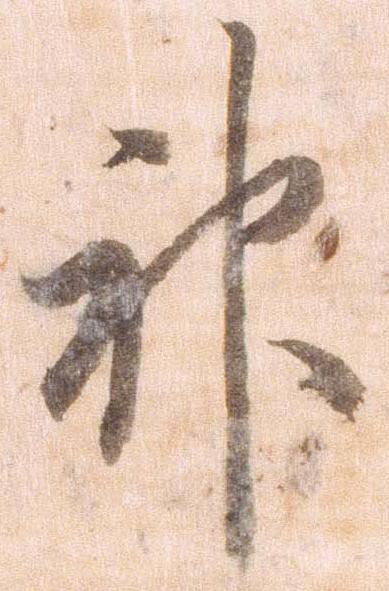
神